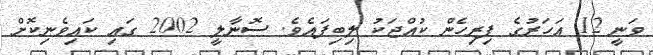
ވަނީ 12 އަހަރުގެ ފިރިހެން ކުއްޖަކު ލިބިފައެވެ. ސޮނާލީ 2002 ގައި ކައިވެނިކޮށް